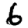
Digit: 6